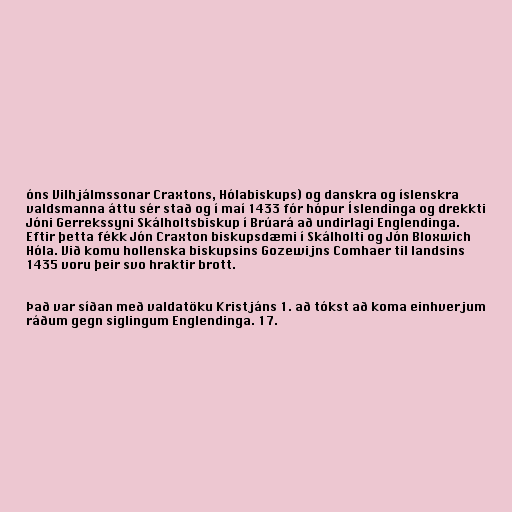
óns Vilhjálmssonar Craxtons, Hólabiskups) og danskra og íslenskra
valdsmanna áttu sér stað og í maí 1433 fór hópur Íslendinga og drekkti
Jóni Gerrekssyni Skálholtsbiskup í Brúará að undirlagi Englendinga.
Eftir þetta fékk Jón Craxton biskupsdæmi í Skálholti og Jón Bloxwich
Hóla. Við komu hollenska biskupsins Gozewijns Comhaer til landsins
1435 voru þeir svo hraktir brott.

Það var síðan með valdatöku Kristjáns 1. að tókst að koma einhverjum
ráðum gegn siglingum Englendinga. 17.